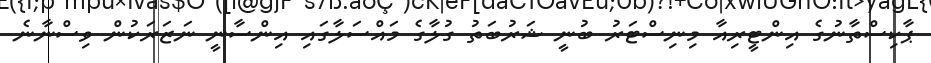
ޕާކިސްތާނުގެ އިންޓީރިއާ މިނިސްޓަރު ބުނީ ޝަރުބަތު ގުލާގެ މައްސަލާގައި އިންސާނީ ނަޒަރަކުން ވިސްނާނެ